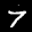
Digit: 7